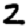
Digit: 2